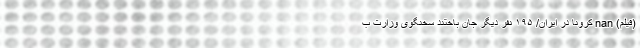
(فیلم) nan کرونا در ایران/ ۱۹۵ نفر دیگر جان باختند سخنگوی وزارت ب